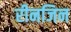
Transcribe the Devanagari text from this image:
रीनजिन